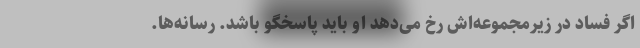
اگر فساد در زیرمجموعه‌اش رخ می‌دهد او باید پاسخگو باشد. رسانه‌ها.